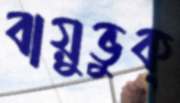
বায়ুভুক্‌